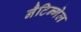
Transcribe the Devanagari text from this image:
नैटिन्गेल